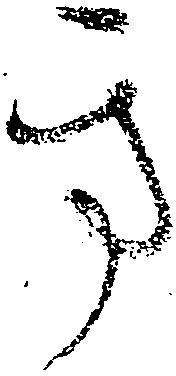
方